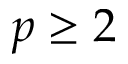
p \ge 2